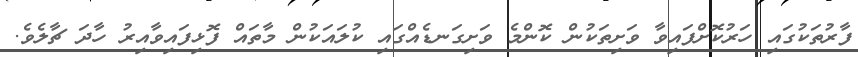
ފާރުތަކުގައި ހަރުކޮށްފައިވާ ވަށިތަކުން ކޮންމެ ވަށިގަނޑެއްގައި ކުލައަކުން މާތައް ފޮޅިފައިވާއިރު ހާދަ ޗާލެވެ.